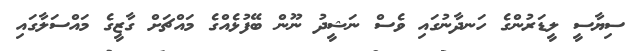
ސިޔާސީ ލީޑަރުންގެ ހަނދާނުގައި ވެސް ނަޝީދު ނޫން ބޭފުޅެއްގެ މައްޗަށް ގާޒީގެ މައްސަލާގައި